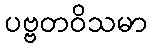
ပဗ္ဗတဝိသမာ